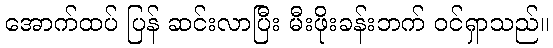
အောက်ထပ် ပြန် ဆင်းလာပြီး မီးဖိုးခန်းဘက် ဝင်ရှာသည်။